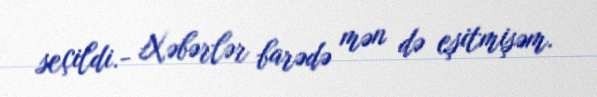
seçildi.- Xəbərlər barədə mən də eşitmişəm.